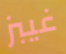
غيبز